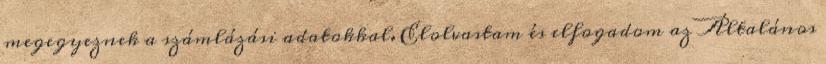
megegyeznek a számlázási adatokkal. Elolvastam és elfogadom az Általános